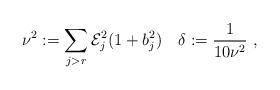
LaTeX: \begin{align*}\nu^2:= \sum_{j>r} {\mathcal E}_j^2(1 + b_j^2)\quad\delta:=\frac{1}{10\nu^2}~,\end{align*}